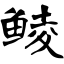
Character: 鲮